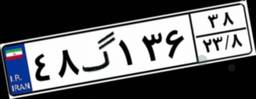
۴۸گ۱۳۶۳۸